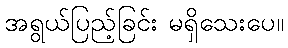
အရွယ်ပြည့်ခြင်း မရှိသေးပေ။